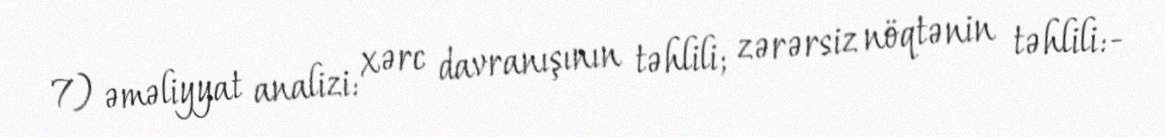
7) əməliyyat analizi: xərc davranışının təhlili; zərərsiz nöqtənin təhlili:-